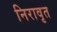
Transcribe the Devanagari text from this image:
निरावृत